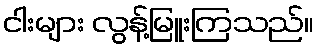
ငါးများ လွန့်မြူးကြသည်။